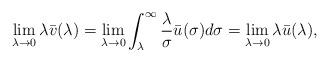
LaTeX: \begin{align*}\lim_{\lambda \rightarrow 0}\lambda\bar{v}(\lambda) = \lim_{\lambda\rightarrow0}\int^{\infty}_{\lambda}\frac{\lambda}{\sigma}\bar{u}(\sigma)d\sigma =\lim_{\lambda \rightarrow 0}\lambda\bar{u}(\lambda), \end{align*}